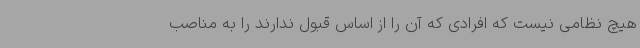
هیچ نظامی نیست که افرادی که آن را از اساس قبول ندارند را به مناصب